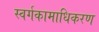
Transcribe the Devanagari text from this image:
स्वर्गकामाधिकरण